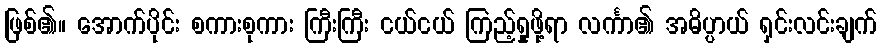
ဖြစ်၏။ အောက်ပိုင်း စကားစုကား ကြီးကြီး ငယ်ငယ် ကြည့်ရှုဖို့ရာ လင်္ကာ၏ အဓိပ္ပာယ် ရှင်းလင်းချက်